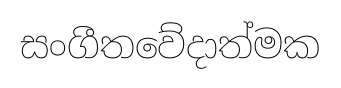
සංගීතවේදාත්මක